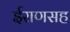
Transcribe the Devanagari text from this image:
ईराणसह